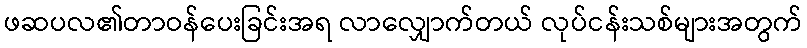
ဖဆပလ၏တာဝန်ပေးခြင်းအရ လာလျှောက်တယ် လုပ်ငန်းသစ်များအတွက်